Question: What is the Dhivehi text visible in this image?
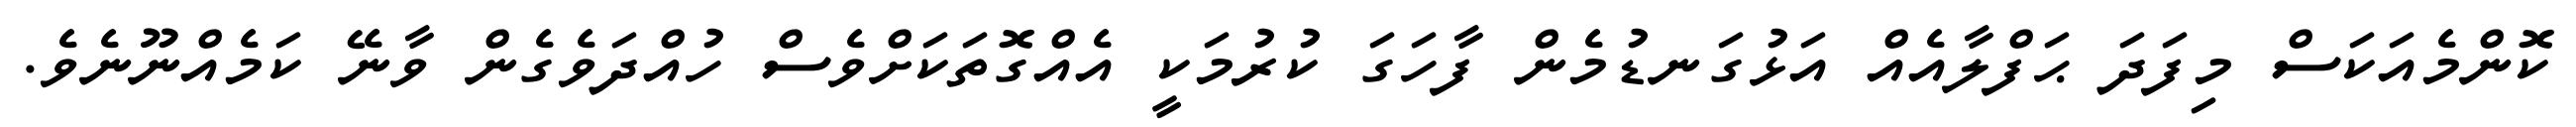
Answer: ކޮންމެއަކަސް މިފަދަ ޙަފްލާއެއް އަޅުގަނޑުމެން ފާހަގަ ކުރުމަކީ އެއްގޮތަކަށްވެސް ހުއްދަވެގެން ވާނޭ ކަމެއްނޫނެވެ.